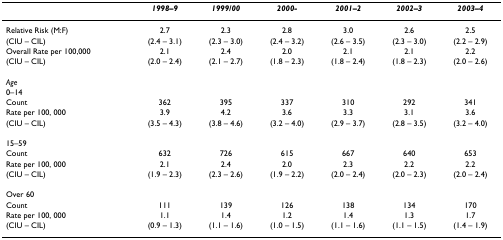
|  | 1998–9 | 1999/00 | 2000- | 2001–2 | 2002–3 | 2003–4 |
 | --- | --- | --- | --- | --- | --- | --- |
 | Relative Risk (M:F) | 2.7 | 2.3 | 2.8 | 3.0 | 2.6 | 2.5 |
 | (CIU – CIL) | (2.4 – 3.1) | (2.3 – 3.0) | (2.4 – 3.2) | (2.6 – 3.5) | (2.3 – 3.0) | (2.2 – 2.9) |
 | Overall Rate per 100,000 | 2.1 | 2.4 | 2.0 | 2.1 | 2.1 | 2.2 |
 | (CIU – CIL) | (2.0 – 2.4) | (2.1 – 2.7) | (1.8 – 2.3) | (1.8 – 2.4) | (1.8 – 2.3) | (2.0 – 2.6) |
 | Age |  |  |  |  |  |  |
 | 0–14 |  |  |  |  |  |  |
 | Count | 362 | 395 | 337 | 310 | 292 | 341 |
 | Rate per 100, 000 | 3.9 | 4.2 | 3.6 | 3.3 | 3.1 | 3.6 |
 | (CIU – CIL) | (3.5 – 4.3) | (3.8 – 4.6) | (3.2 – 4.0) | (2.9 – 3.7) | (2.8 – 3.5) | (3.2 – 4.0) |
 | 15–59 |  |  |  |  |  |  |
 | Count | 632 | 726 | 615 | 667 | 640 | 653 |
 | Rate per 100, 000 | 2.1 | 2.4 | 2.0 | 2.3 | 2.2 | 2.2 |
 | (CIU – CIL) | (1.9 – 2.3) | (2.3 – 2.6) | (1.9 – 2.2) | (2.0 – 2.4) | (2.0 – 2.3) | (2.0 – 2.4) |
 | Over 60 |  |  |  |  |  |  |
 | Count | 111 | 139 | 126 | 138 | 134 | 170 |
 | Rate per 100, 000 | 1.1 | 1.4 | 1.2 | 1.4 | 1.3 | 1.7 |
 | (CIU – CIL) | (0.9 – 1.3) | (1.1 – 1.6) | (1.0 – 1.5) | (1.1 – 1.6) | (1.1 – 1.5) | (1.4 – 1.9) |